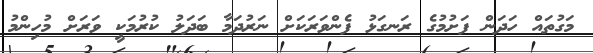
މަގުތައް ހަދަން ފަށުމުގެ ރަނގަޅު ފެންވަރަކަށް ނަރުދަމާ ބަދަލު ކުރުމަކީ ވަރަށް މުހިންމު